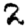
Digit: 2